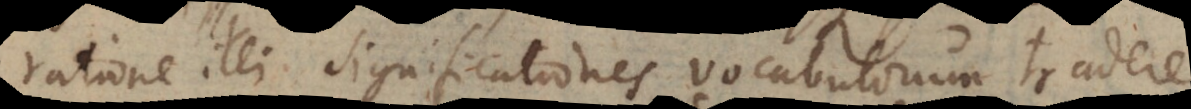
ratione illi significationes vocabulorum tradere